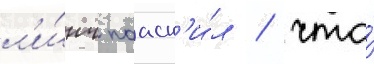
л'и́нч поасн'и́л / что́